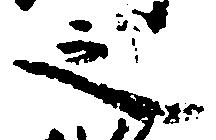
之